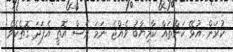
ކުރަން އުޅޭ ކަންތައް ކާމިޔާބު ވެއްޖެ ނަމަ ވެސް އޮތީ އެފަދަ ގޮތެކެވެ.